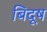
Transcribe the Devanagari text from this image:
बिदूष